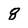
Character: 8